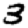
Digit: 3